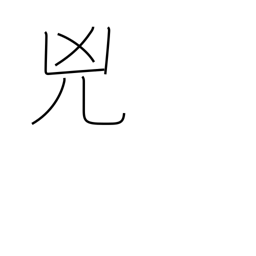
Meaning: wickedness